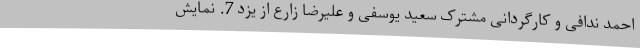
احمد ندافی و کارگردانی مشترک سعید یوسفی و علیرضا زارع از یزد 7. نمایش